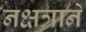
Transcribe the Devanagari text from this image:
नक्षत्राने